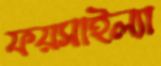
ফয়সাইল্যা